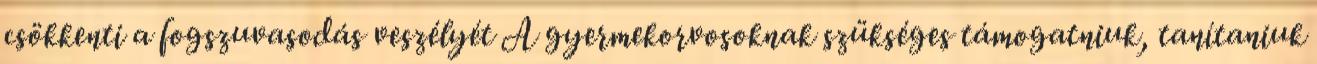
csökkenti a fogszuvasodás veszélyét A gyermekorvosoknak szükséges támogatniuk, tanítaniuk